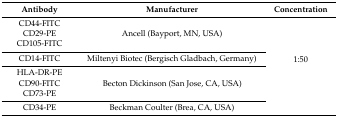
| Antibody | Manufacturer | Concentration |
 | --- | --- | --- |
 | CD44-FITC | <ROWSPAN=3> Ancell (Bayport, MN, USA) | <ROWSPAN=8> 1:50 |
 | CD29-PE |
 | CD105-FITC |
 | CD14-FITC | Miltenyi Biotec (Bergisch Gladbach, Germany) |
 | HLA-DR-PE | <ROWSPAN=3> Becton Dickinson (San Jose, CA, USA) |
 | CD90-FITC |
 | CD73-PE |
 | CD34-PE | Beckman Coulter (Brea, CA, USA) |